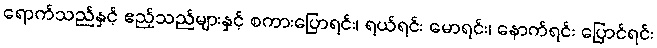
ရောက်သည်နှင့် ဧည့်သည်များနှင့် စကားပြောရင်း၊ ရယ်ရင်း မောရင်း၊ နောက်ရင်း ပြောင်ရင်း